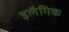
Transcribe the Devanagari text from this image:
इलैगिक